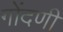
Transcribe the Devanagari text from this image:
गोंदणी